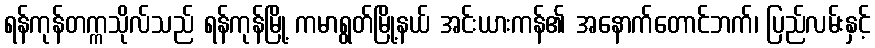
ရန်ကုန်တက္ကသိုလ်သည် ရန်ကုန်မြို့ ကမာရွတ်မြို့နယ် အင်းယားကန်၏ အနောက်တောင်ဘက်၊ ပြည်လမ်းနှင့်